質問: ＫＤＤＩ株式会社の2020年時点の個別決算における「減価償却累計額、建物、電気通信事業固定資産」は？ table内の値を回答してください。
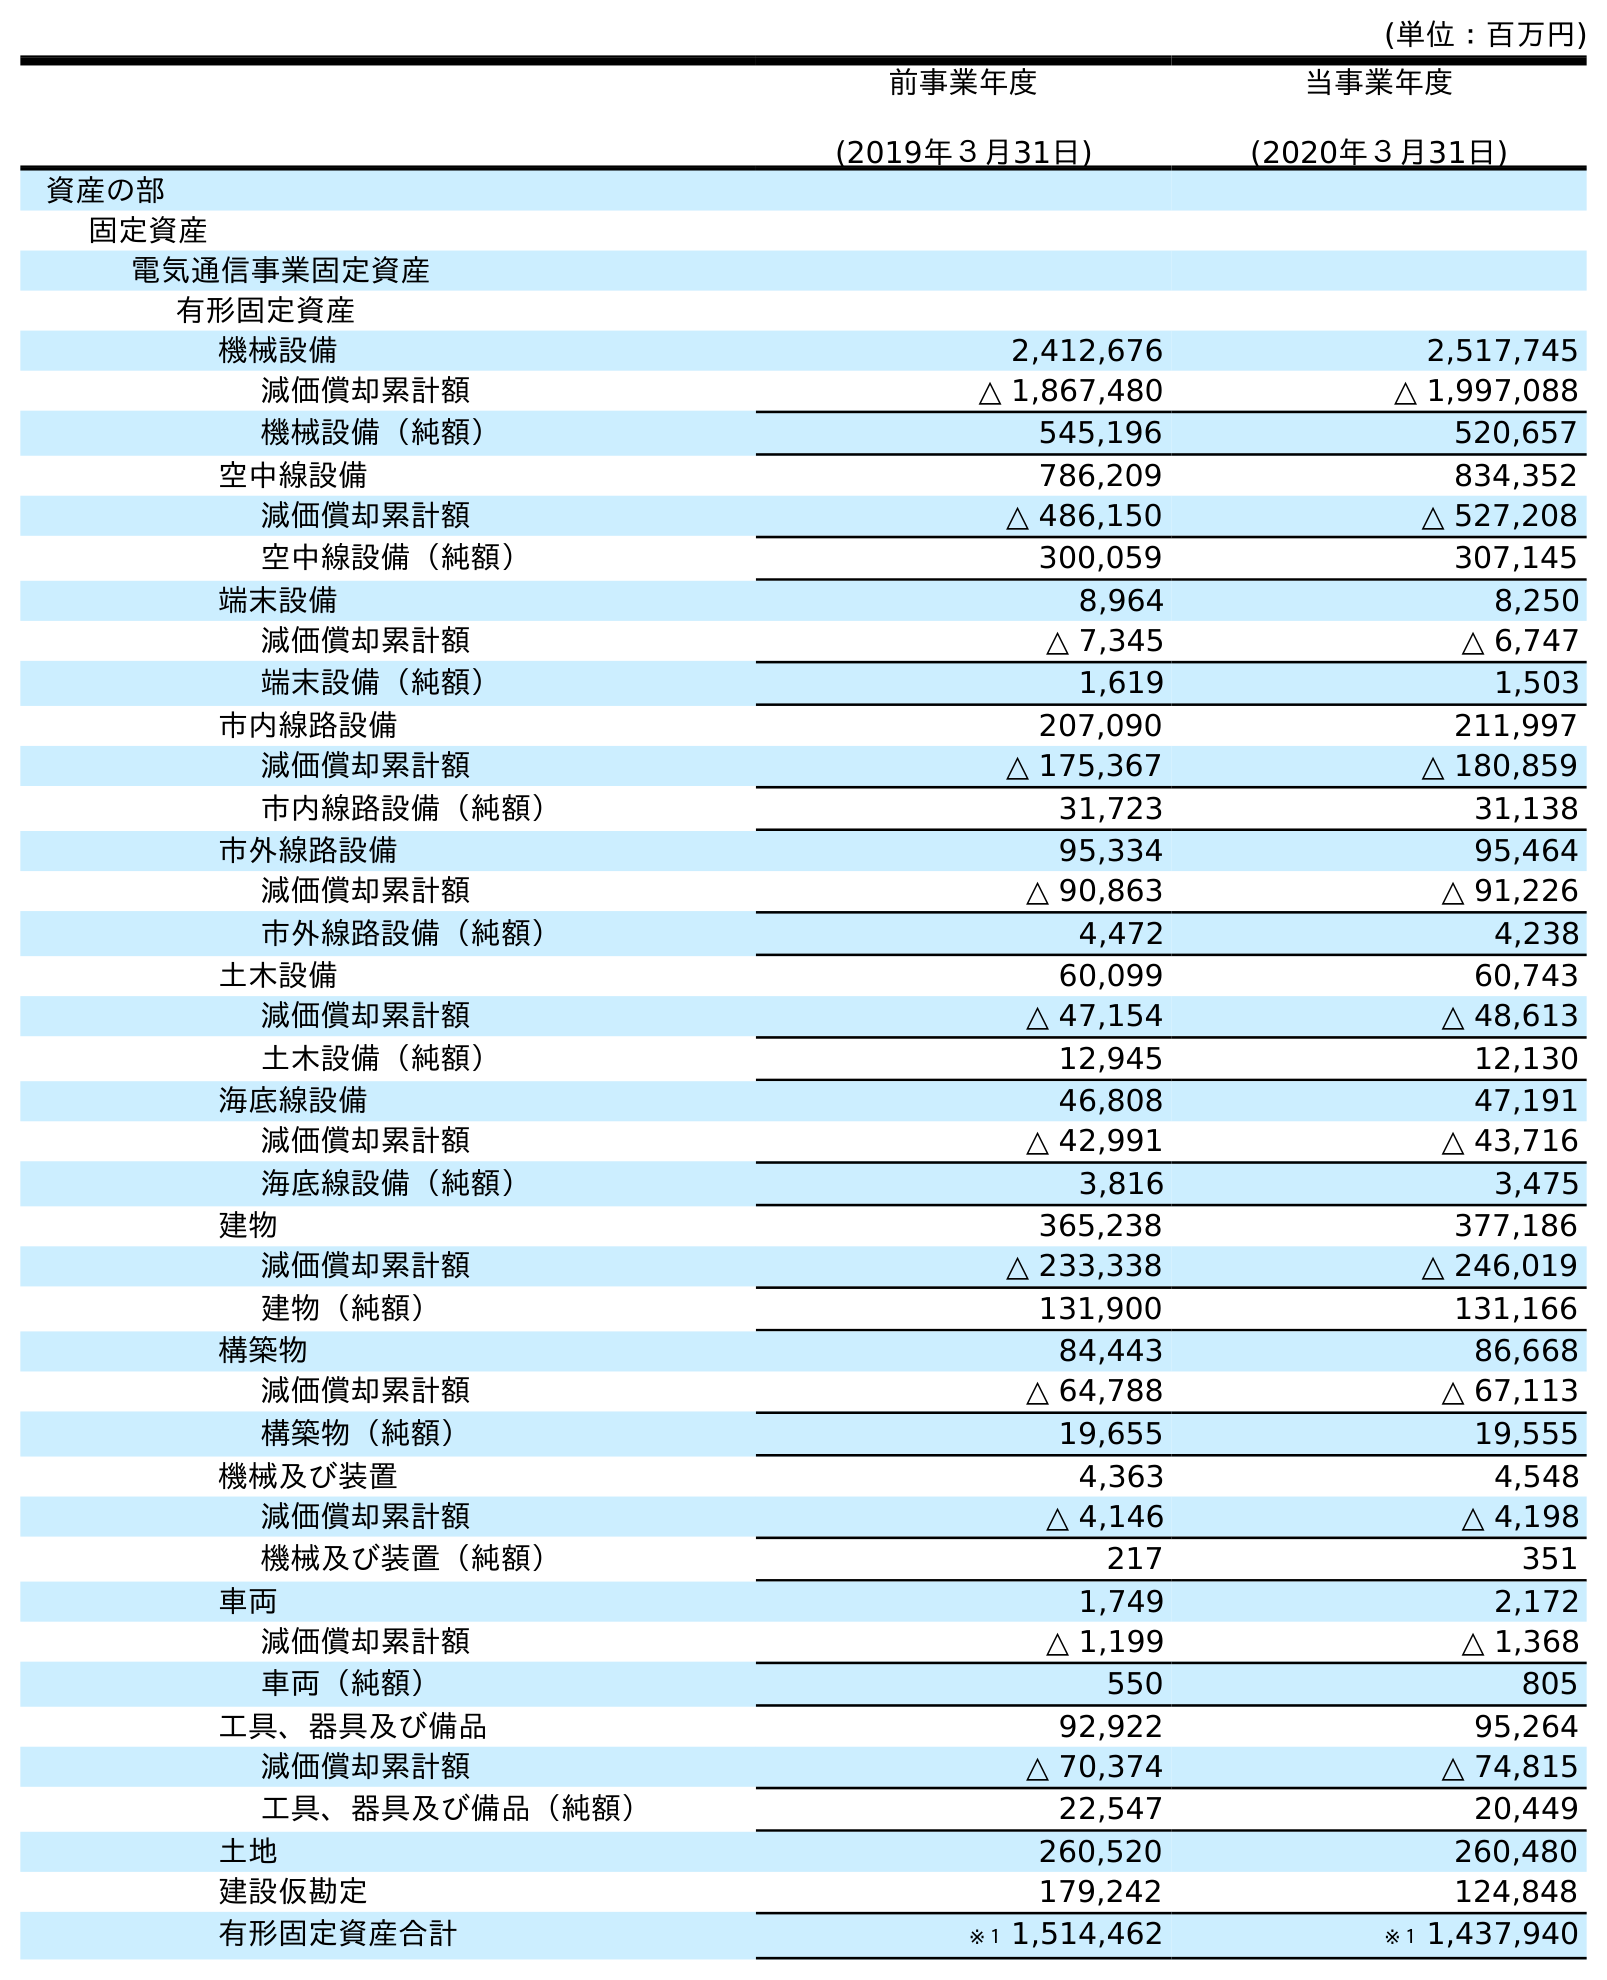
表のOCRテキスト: (単位：百万円) 前事業年度 (2019年３月31日) 当事業年度 (2020年３月31日) 資産の部 固定資産 電気通信事業固定資産 有形固定資産 機械設備 2,412,676 2,517,745 減価償却累計額 △ 1,867,480 △ 1,997,088 機械設備（純額） 545,196 520,657 空中線設備 786,209 834,352 減価償却累計額 △ 486,150 △ 527,208 空中線設備（純額） 300,059 307,145 端末設備 8,964 8,250 減価償却累計額 △ 7,345 △ 6,747 端末設備（純額） 1,619 1,503 市内線路設備 207,090 211,997 減価償却累計額 △ 175,367 △ 180,859 市内線路設備（純額） 31,723 31,138 市外線路設備 95,334 95,464 減価償却累計額 △ 90,863 △ 91,226 市外線路設備（純額） 4,472 4,238 土木設備 60,099 60,743 減価償却累計額 △ 47,154 △ 48,613 土木設備（純額） 12,945 12,130 海底線設備 46,808 47,191 減価償却累計額 △ 42,991 △ 43,716 海底線設備（純額） 3,816 3,475 建物 365,238 377,186 減価償却累計額 △ 233,338 △ 246,019 建物（純額） 131,900 131,166 構築物 84,443 86,668 減価償却累計額 △ 64,788 △ 67,113 構築物（純額） 19,655 19,555 機械及び装置 4,363 4,548 減価償却累計額 △ 4,146 △ 4,198 機械及び装置（純額） 217 351 車両 1,749 2,172 減価償却累計額 △ 1,199 △ 1,368 車両（純額） 550 805 工具、器具及び備品 92,922 95,264 減価償却累計額 △ 70,374 △ 74,815 工具、器具及び備品（純額） 22,547 20,449 土地 260,520 260,480 建設仮勘定 179,242 124,848 有形固定資産合計 ※１ 1,514,462 ※１ 1,437,940
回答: △246,019